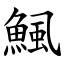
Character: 鯴